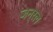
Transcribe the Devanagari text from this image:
जन्रल